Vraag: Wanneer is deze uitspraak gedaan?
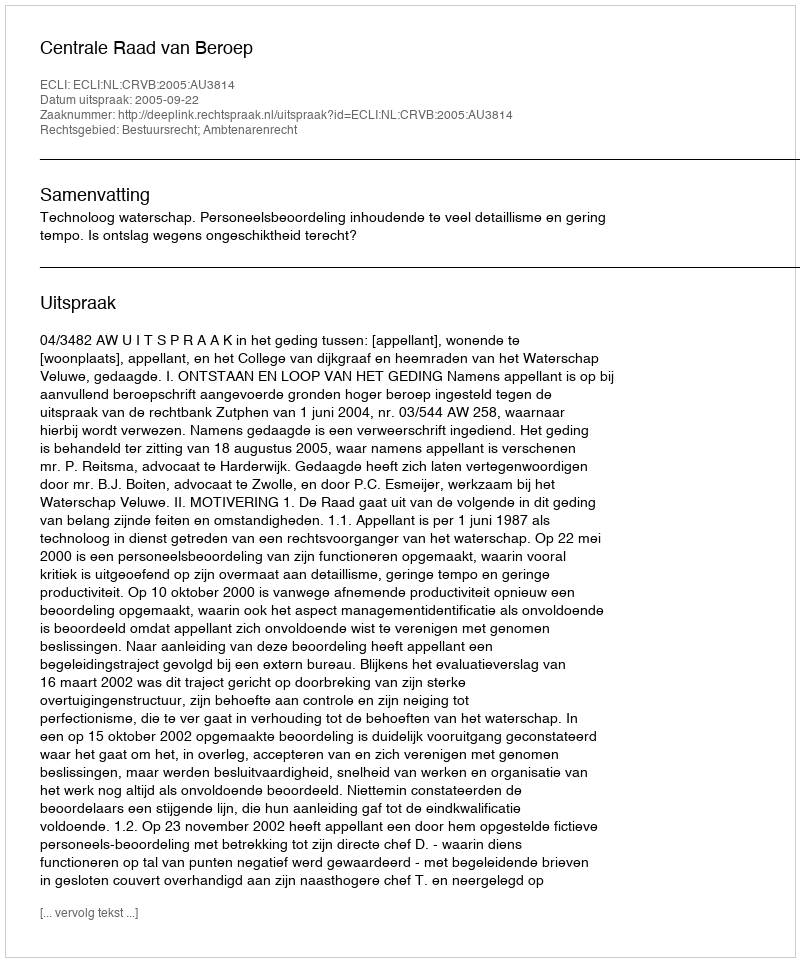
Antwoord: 2005-09-22